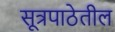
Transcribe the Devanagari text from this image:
सूत्रपाठेतील